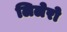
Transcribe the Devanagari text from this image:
लिलेरो